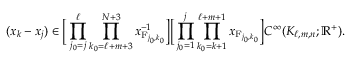
( x _ { k } - x _ { j } ) \in \Big [ \prod _ { j _ { 0 } = j } ^ { \ell } \prod _ { k _ { 0 } = \ell + m + 3 } ^ { N + 3 } x _ { \mathrm { F } _ { j _ { 0 } , k _ { 0 } } } ^ { - 1 } \Big ] \Big [ \prod _ { j _ { 0 } = 1 } ^ { j } \prod _ { k _ { 0 } = k + 1 } ^ { \ell + m + 1 } x _ { \mathrm { F } _ { j _ { 0 } , k _ { 0 } } } \Big ] C ^ { \infty } ( K _ { \ell , m , n } ; \mathbb { R } ^ { + } ) .